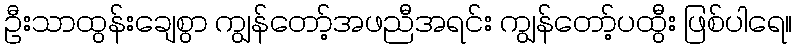
ဦးသာထွန်းချေစွာ ကျွန်တော့်အဖညီအရင်း ကျွန်တော့်ပထွီး ဖြစ်ပါရေ။